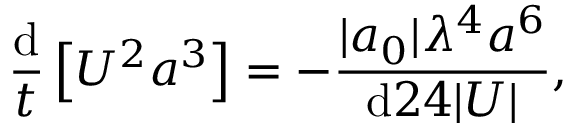
\frac { \mathrm { d } } { t } \left[ U ^ { 2 } a ^ { 3 } \right] = - \frac { | a _ { 0 } | \lambda ^ { 4 } a ^ { 6 } } { \mathrm { d } 2 4 | U | } ,